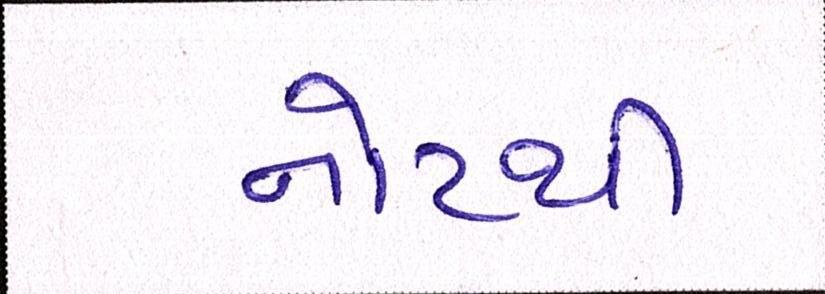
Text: નોટથી